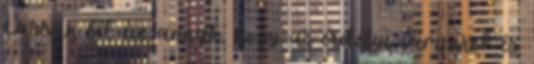
Lassan fél éve annak, hogy az erdélyi vámpírok és